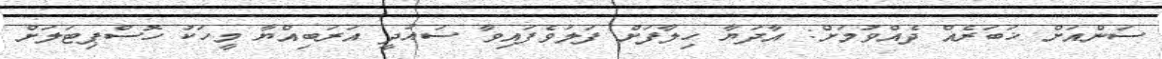
ސަންއަށް ޚަބަރެއް ދެއްވުމަށް: އާދަޔާ ހިލާފަށް ފަލަވެފައިވާ ސައުދީ އަރަބިއްޔާ މީހަކު ހޮސްޕިޓަލަށް